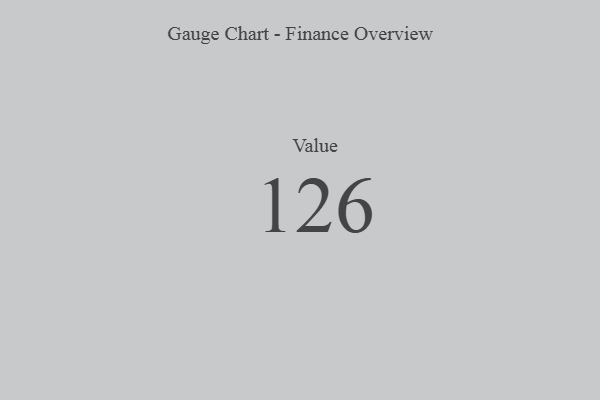
{"axis": {"x": "Metric", "y": "Value"}, "legend": [""], "data": [{"x": "Value", "y": 126, "type": ""}]}